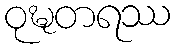
ဝုဍ္ဎတရဿ